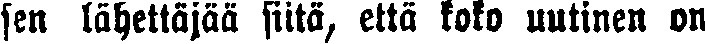
sen lähettäjää siitä, että koko uutinen on